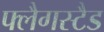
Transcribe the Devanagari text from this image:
फ्लैगस्टैड